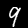
Label: 9